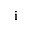
\mathrm { i }